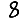
Digit: 8